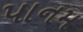
પાનમ